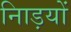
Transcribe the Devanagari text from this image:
नािड़यों